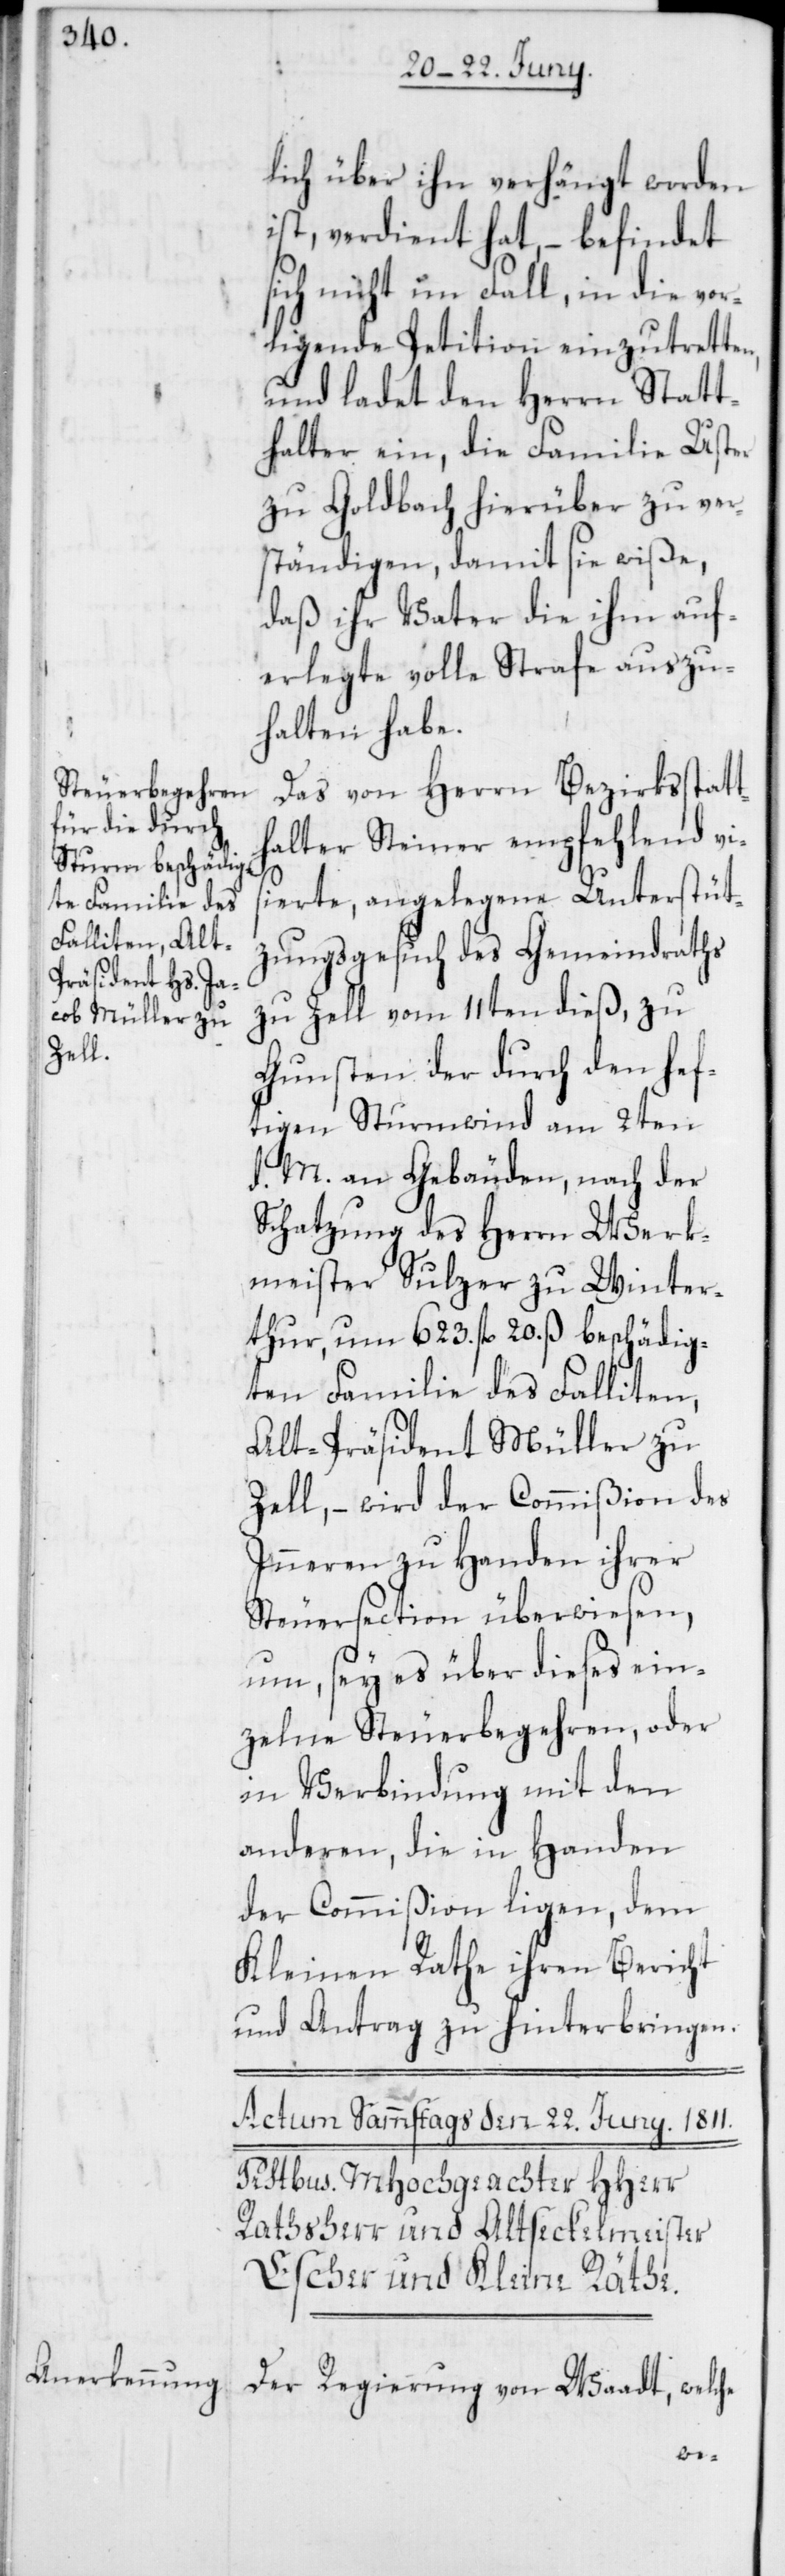
lich über ihn verhängt worden
ist, verdient hat, – befindet
sich nicht im Fall, in die vor¬
ligende Petition einzutretten,
und ladet den Herrn Statt¬
halter ein, die Familie Uster
zu Goldbach hierüber zu ver¬
ständigen, damit sie wiße,
daß ihr Vater die ihm auf¬
erlegte volle Strafe auszu¬
halten habe.
Das von Herrn Bezirksstatt¬
halter Steiner empfehlend vi¬
sierte, angelegene Unterstüt¬
zungsgesuch des Gemeindraths
zu Zell vom 11ten dieß, zu
Gunsten der durch den hef¬
tigen Sturmwind am 2ten
d. M. an Gebäuden, nach der
Schatzung des Herrn Werk¬
meister Sulzer zu Winter¬
thur, um 623. fl 20. ß beschädig¬
ten Familie des Falliten,
Alt-Präsident Müller zu
Zell, – wird der Commißion des
Inneren zu Handen ihrer
Steuersection überwiesen,
um, sey es über dieses ein¬
zelne Steuerbegehren, oder
in Verbindung mit den
anderen, die in Handen
der Commißion ligen, dem
Kleinen Rathe ihren Bericht
und Antrag zu hinterbringen.
Der Regierung von Waadt, welche